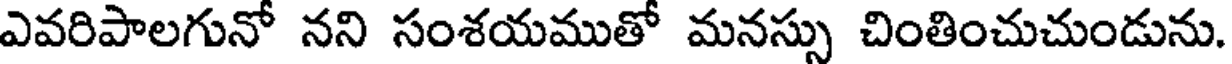
ఎవరిపాలగునో నని సంశయముతో మనస్సు చింతించుచుండును.